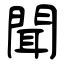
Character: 聞